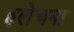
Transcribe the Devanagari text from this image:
हलेचना